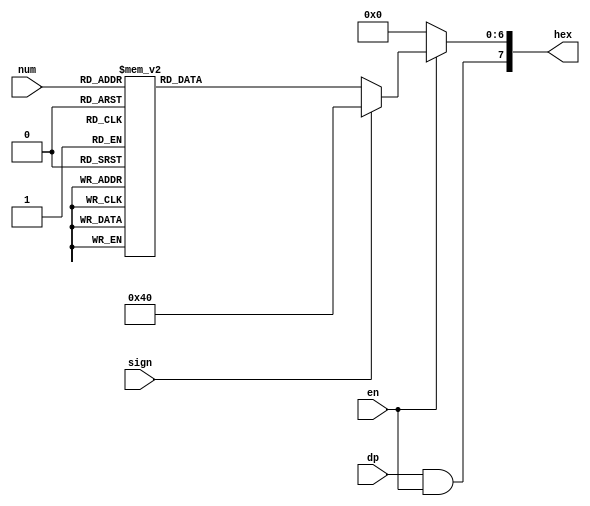
module sseg
(
	input wire[3:0] num,
	input wire en, dp, sign,
	output wire[7:0] hex
);
	reg [6:0] sseg;

	always @*
	begin
		if (~en)
			sseg <= 7'b0000000;
		else if (sign)
			sseg <= 7'b1000000;
		else
			case (num)
				4'h0: sseg <= 7'b0111111;
				4'h1: sseg <= 7'b0000110;
				4'h2: sseg <= 7'b1011011;
				4'h3: sseg <= 7'b1001111;
				4'h4: sseg <= 7'b1100110;
				4'h5: sseg <= 7'b1101101;
				4'h6: sseg <= 7'b1111101;
				4'h7: sseg <= 7'b0000111;
				4'h8: sseg <= 7'b1111111;
				4'h9: sseg <= 7'b1101111;
				4'ha: sseg <= 7'b1110111;
				4'hb: sseg <= 7'b1111100;
				4'hc: sseg <= 7'b1011000;
				4'hd: sseg <= 7'b1011110;
				4'he: sseg <= 7'b1111001;
				4'hf: sseg <= 7'b1110001;
				default: sseg <= 7'b1010011;
			endcase
	end

	assign hex = { (dp & en), sseg };
	
endmodule